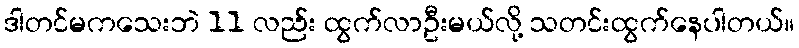
ဒါတင်မကသေးဘဲ 11 လည်း ထွက်လာဦးမယ်လို့ သတင်းထွက်နေပါတယ်။